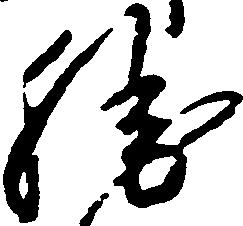
勝